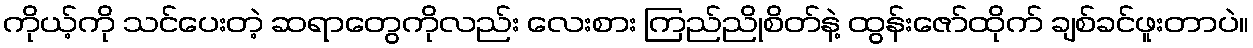
ကိုယ့်ကို သင်ပေးတဲ့ ဆရာတွေကိုလည်း လေးစား ကြည်ညိုစိတ်နဲ့ ထွန်းဇော်ထိုက် ချစ်ခင်ဖူးတာပဲ။